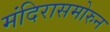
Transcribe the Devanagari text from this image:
मंदिरासमोरुन